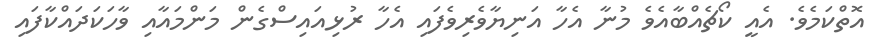
އޮތްކަމެވެ. އެއީ ކޯޗެއްބާއެވެ މުނާ އެހާ އަނިޔާވެރިވެފައި އެހާ ރުޅިއައިސްގެން މަންމައާއި ވާހަކަދައްކާފައި